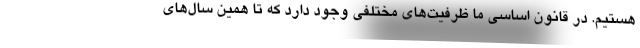
هستیم. در قانون اساسی ما ظرفیت‌های مختلفی وجود دارد که تا همین سال‌های